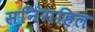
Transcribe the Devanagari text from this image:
सनिंगहिल